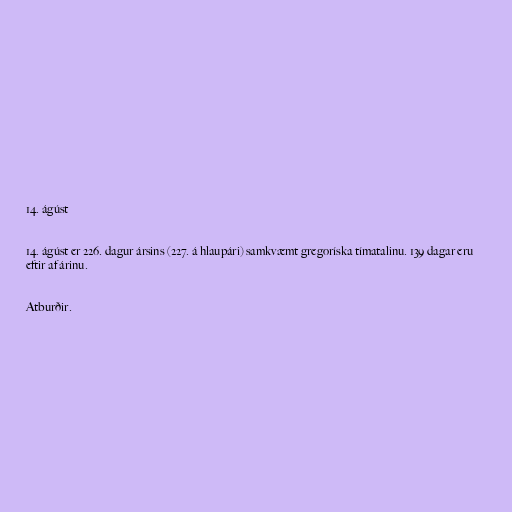
14. ágúst

14. ágúst er 226. dagur ársins (227. á hlaupári) samkvæmt gregoríska tímatalinu. 139 dagar eru
eftir af árinu.

Atburðir.